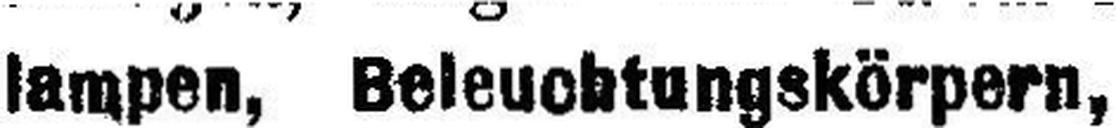
lampen, Beleuchtungskörpern,